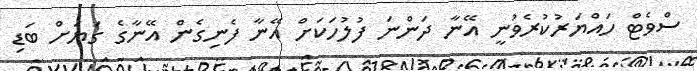
ސްވެޓް ހައްޔަރުކުރެވުނީ އޭނާ ދަންނަ ފުލުހަކަށް އޭނާ ފެނިގެން އޭނާގެ ގަޔަށް ބަޑި